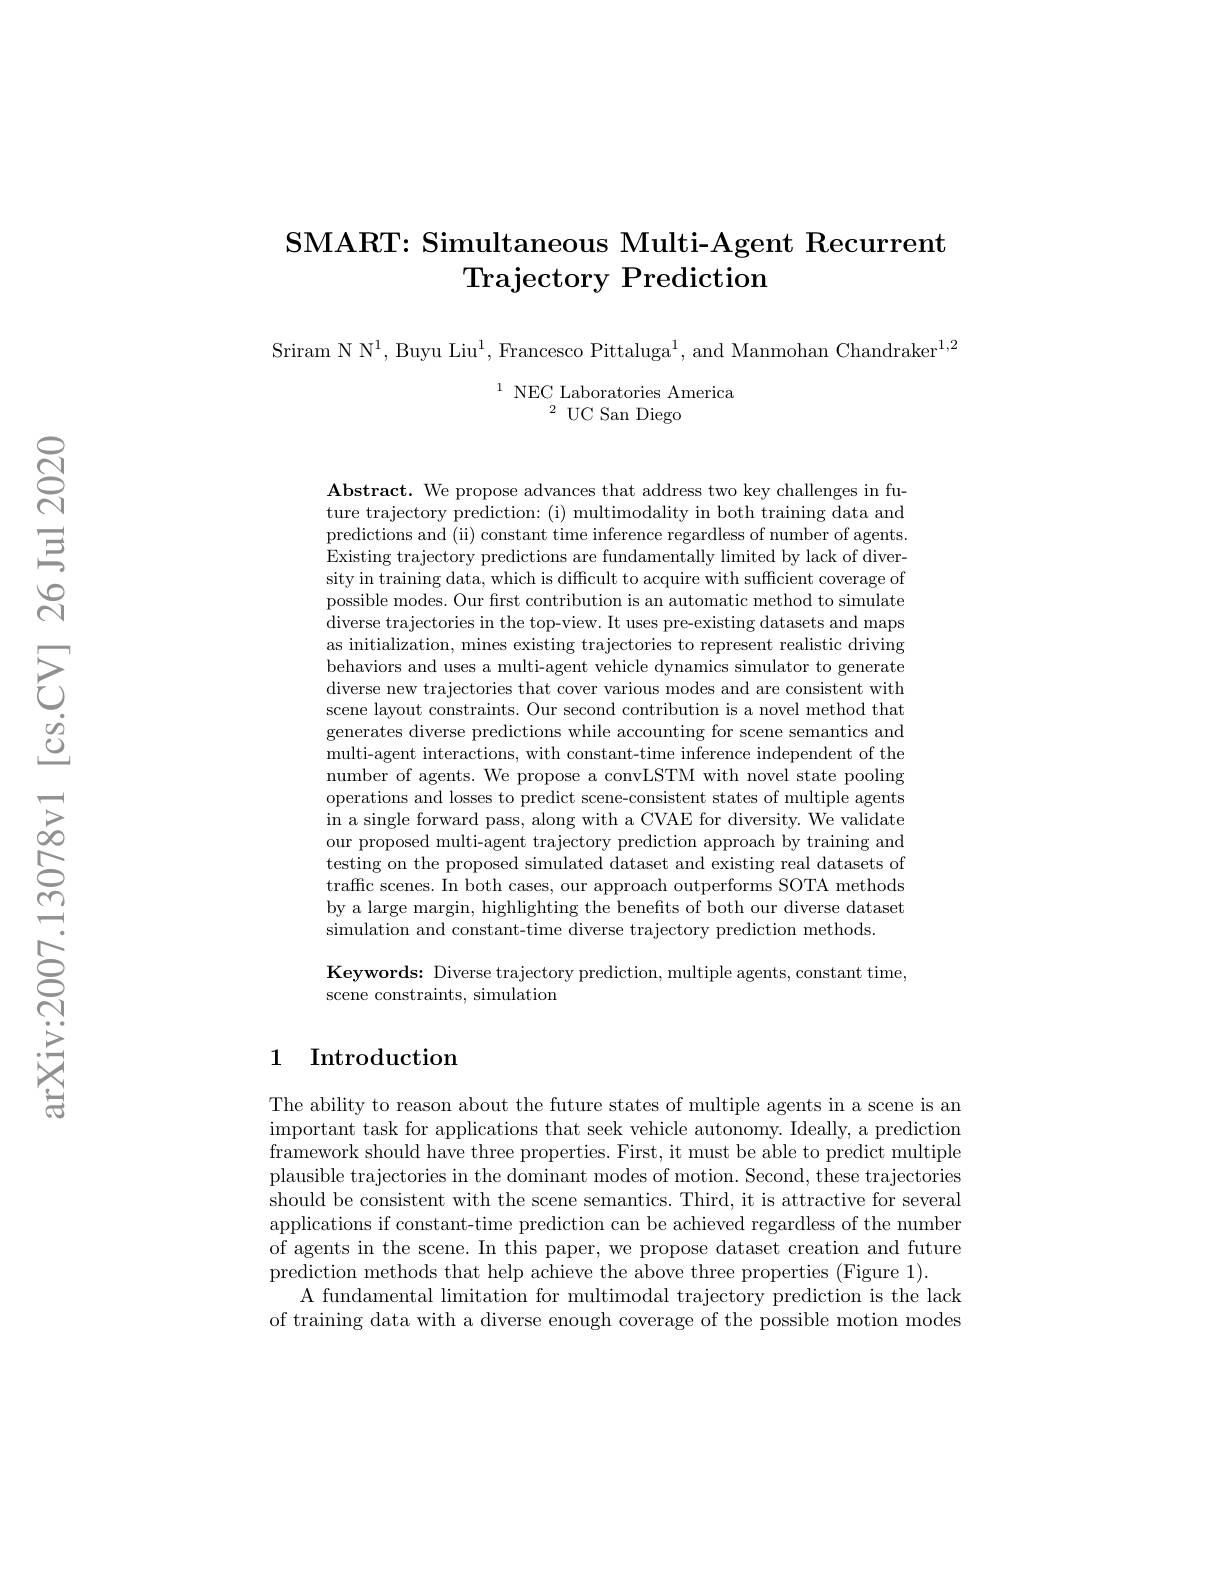
# SMART: Simultaneous Multi-Agent Recurrent Trajectory Prediction

Sriram N N$^1$, Buyu Liu$^1$, Francesco Pittaluga$^1$, and Manmohan Chandraker$^1,2$

$^{1}$ NEC Laboratories America
$^{2}$UC San Diego

$\mathbf{Abstract.~We~propose~advances~that~address~two~key~challenges~in~fu-propose~advances~that~address~two~key~challenges~in~fu-pr~}$ ture trajectory prediction: (i) multimodality in both training data and predictions and (ii) constant time inference regardless of number of agents. Existing trajectory predictions are fundamentally limited by lack of diversity in training data, which is difficult to acquire with sufficient coverage of possible modes. Our frst contribution is an automatic method to simulate diverse trajectories in the top-view. It uses pre-existing datasets and maps as initialization, mines existing trajectories to represent realistic driving behaviors and uses a multi-agent vehicle dynamics simulator to generate diverse new trajectories that cover various modes and are consistent with scene layout constraints. Our second contribution is a novel method that generates diverse predictions while accounting for scene semantics and multi-agent interactions, with constant-time inference independent of the number of agents. We propose a convLSTM with novel state pooling operations and losses to predict scene-consistent states of multiple agents in a single forward pass, along with a CVAE for diversity. We validate our proposed multi-agent trajectory prediction approach by training and testing on the proposed simulated dataset and existing real datasets of traffc scenes. In both cases, our approach outperforms SOTA methods by a large margin, highlighting the benefits of both our diverse dataset simulation and constant-time diverse trajectory prediction methods
Keywords: Diverse trajectory prediction, multiple agents, constant time,
scene constraints, simulation

## 1 Introduction

The ability to reason about the future states of multiple agents in a scene is an important task for applications that seek vehicle autonomy. Ideally, a prediction framework should have three properties. First, it must be able to predict multiple plausible trajectories in the dominant modes of motion. Second, these trajectories should be consistent with the scene semantics. Third, it is attractive for several applications if constant-time prediction can be achieved regardless of the number of agents in the scene. In this paper, we propose dataset creation and future prediction methods that help achieve the above three properties (Figure 1).
A fundamental limitation for multimodal trajectory prediction is the lack of training data with a diverse enough coverage of the possible motion modes